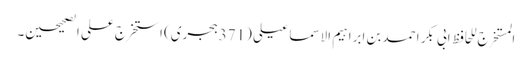
المستخرج للحافظ ابی بکر احمد بن ابراہیم الاسماعیلی (371ہجری) استخرج علی الصحیحین۔